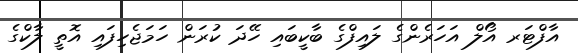
އާފްޓަރ އޯލް އަހަރެންގެ ލައިފްގެ ބާކީބައި ހޭދަ ކުރަން ހަމަޖެހިފައި އޮތީ ލާކްގެ